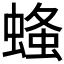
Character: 𧎓